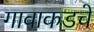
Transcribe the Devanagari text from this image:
गावाकडचे